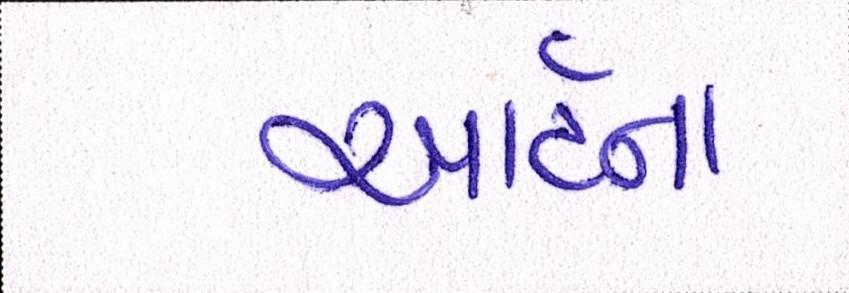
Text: આર્ટના